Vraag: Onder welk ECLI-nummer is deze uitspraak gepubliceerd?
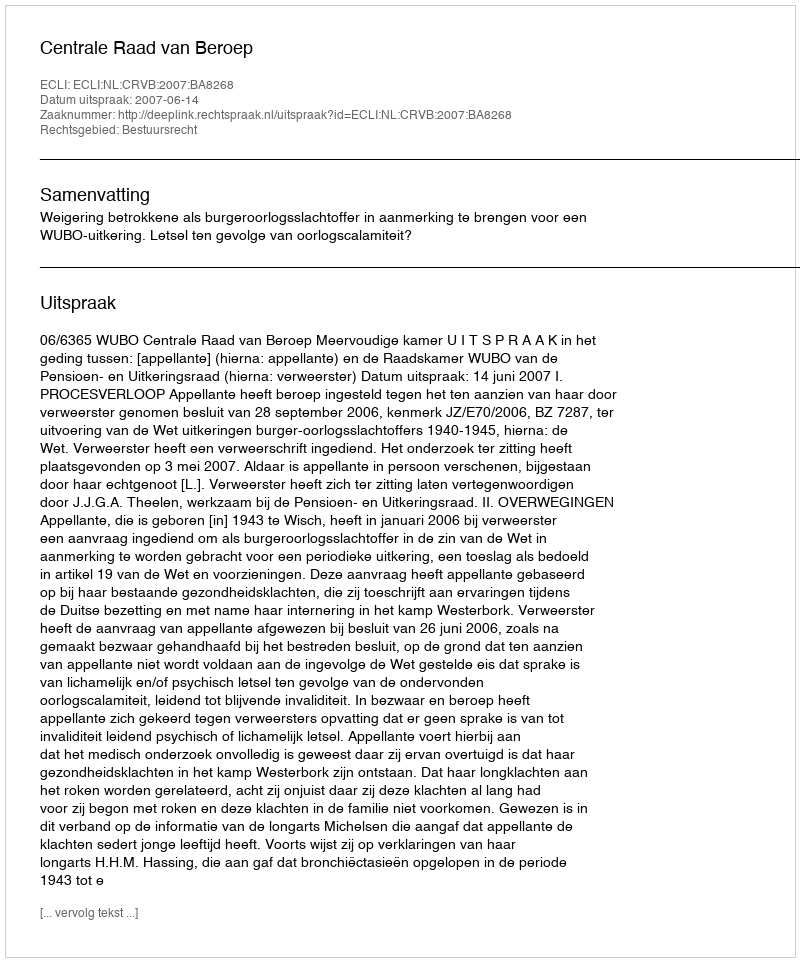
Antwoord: ECLI:NL:CRVB:2007:BA8268